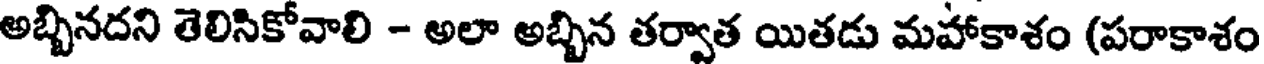
అబ్బినదని తెలిసికోవాలి - అలా అబ్బిన తర్వాత యితడు మహాకాశం (పరాకాశం